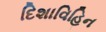
દિશાવિહિન